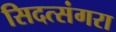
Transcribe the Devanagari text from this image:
सिदत्संगरा